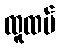
ထူထပ်